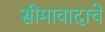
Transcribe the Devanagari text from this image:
सीमावादाचे